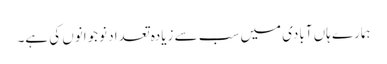
ہمارے ہاں آبادی میں سب سے زیادہ تعداد نوجوانوں کی ہے۔